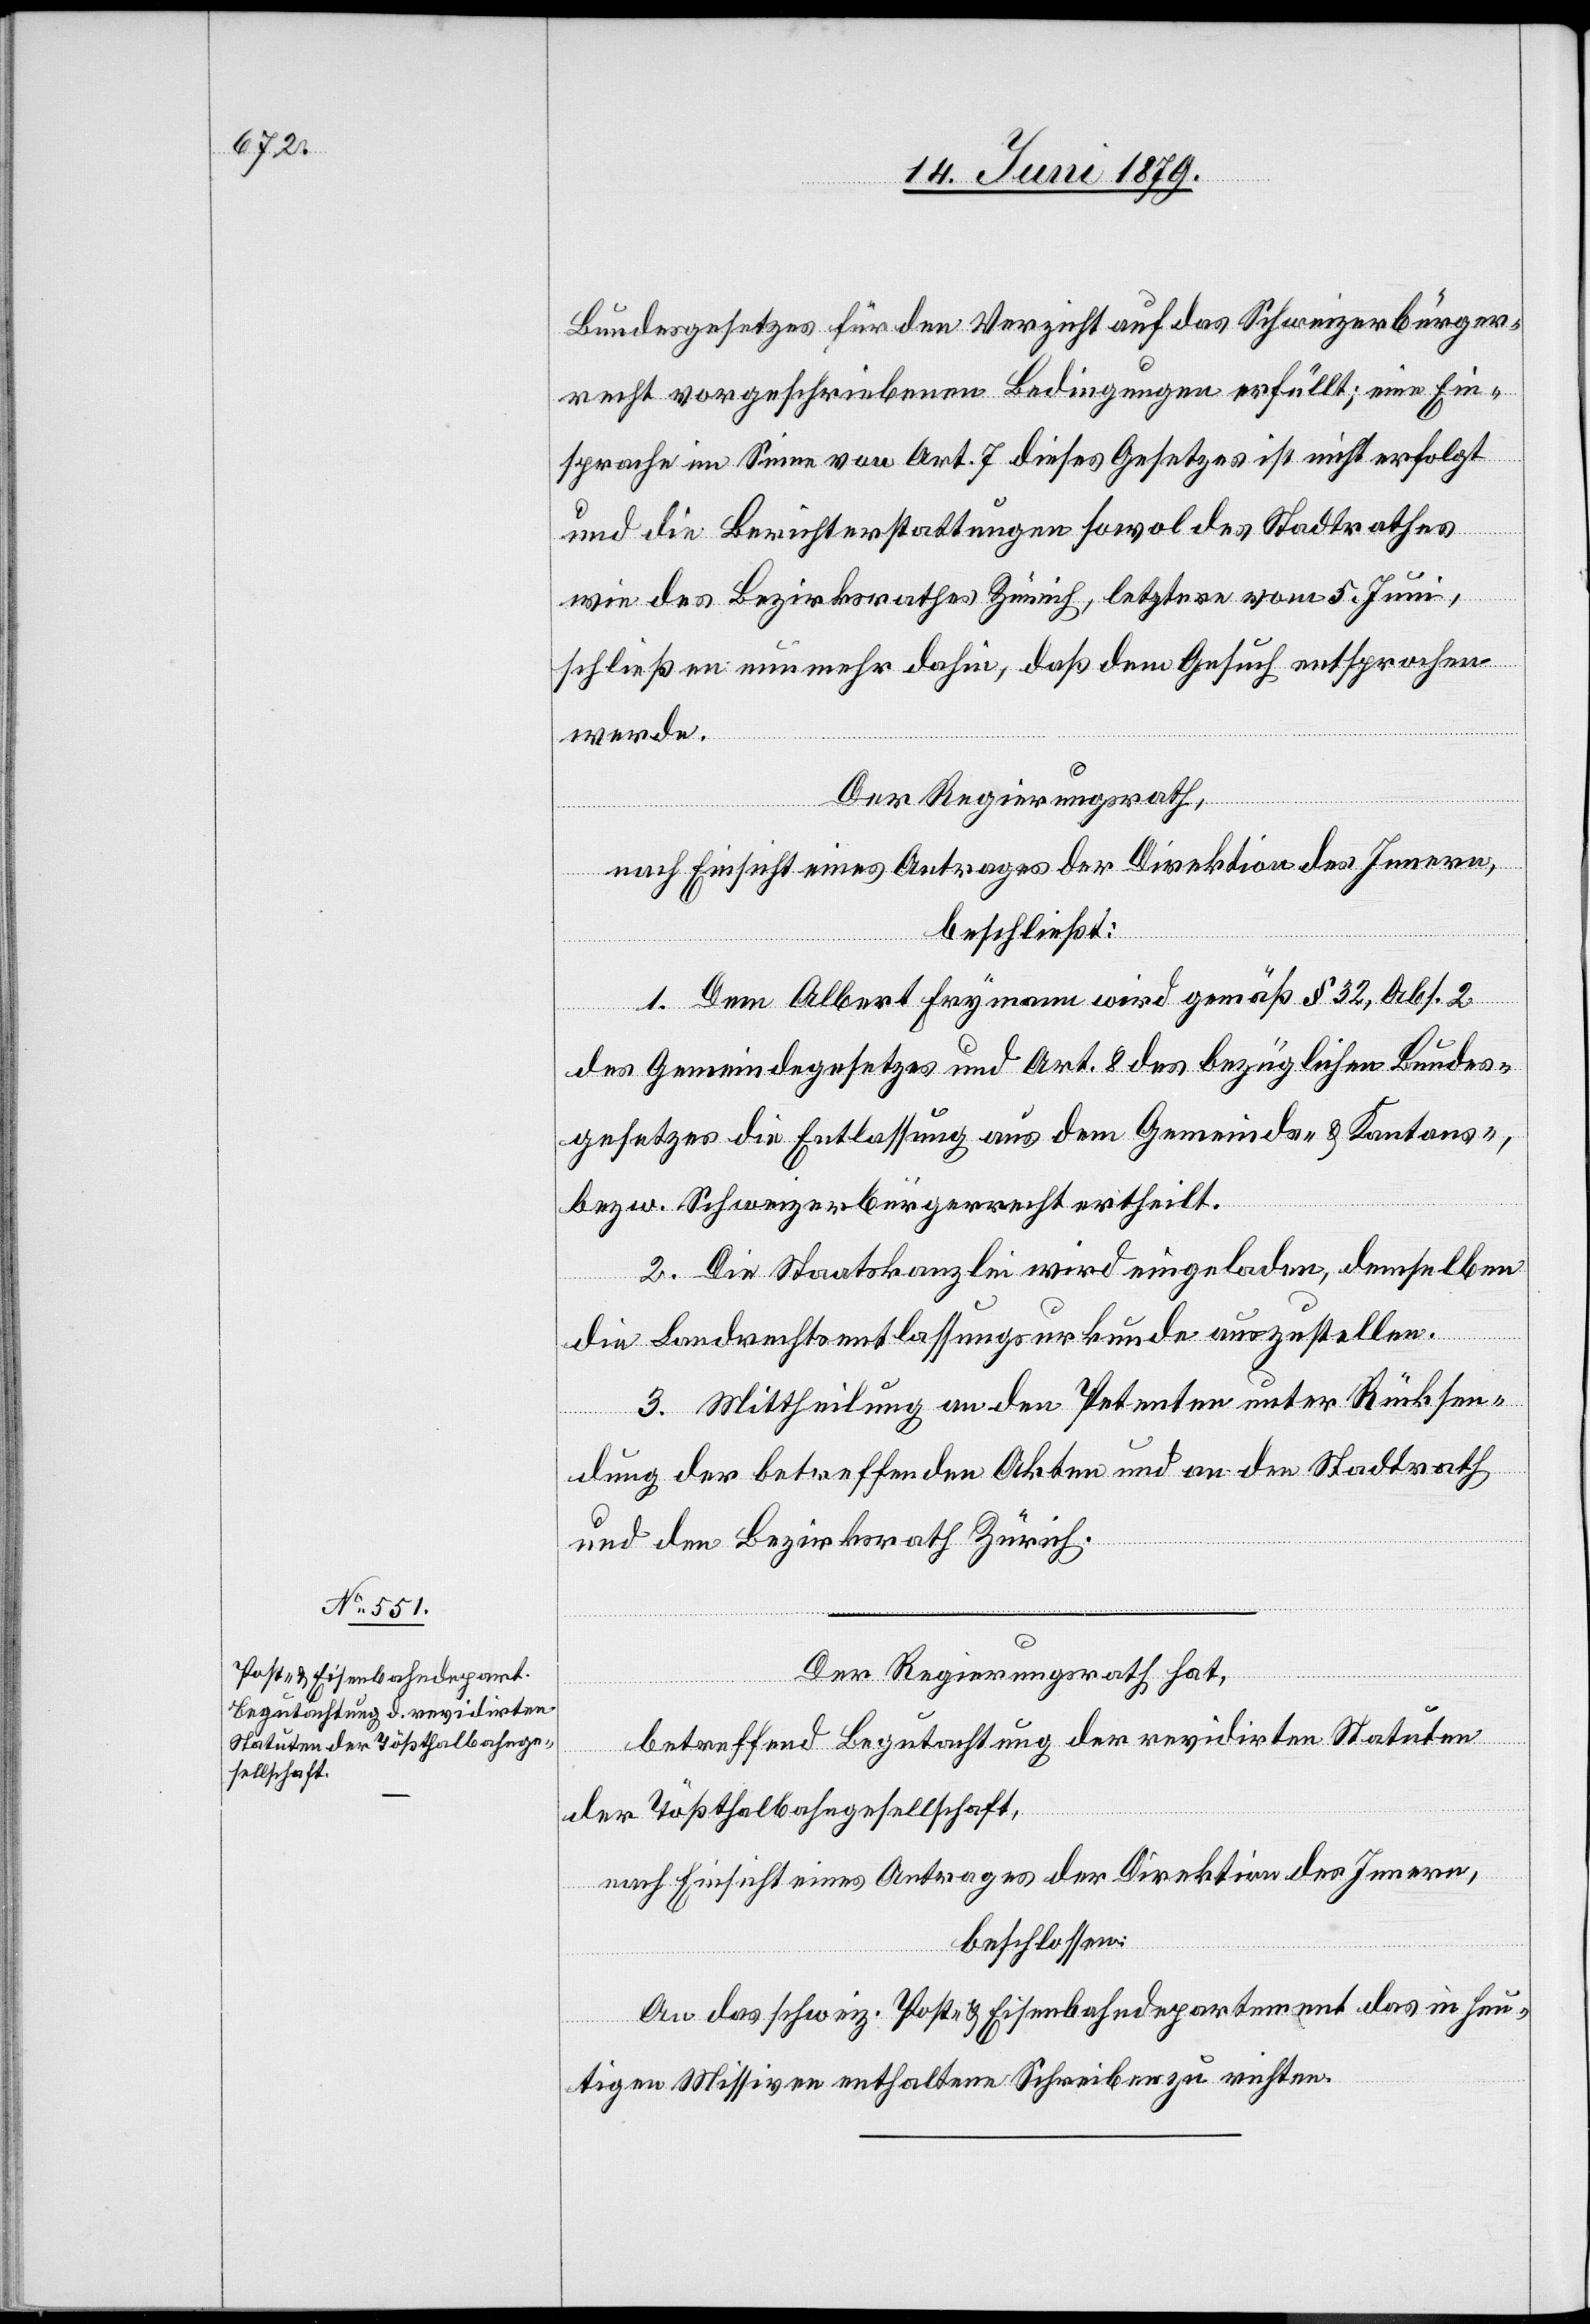
Bundesgesetzes für den Verzicht auf das Schweizerbürger¬
recht vorgeschriebenen Bedingungen erfüllt; eine Ein¬
sprache im Sinne von Art. 7 dieses Gesetzes ist nicht erfolgt
und die Berichterstattungen sowol des Stadtrathes
wie des Bezirksrathes Zürich, letztere vom 5. Juni,
schließen nunmehr dahin, daß dem Gesuch entsprochen
werde.
Der Regierungsrath,
nach Einsicht eines Antrages der Direktion des Innern,
beschließt:
1. Dem Albert Frymann wird gemäß § 32, Abs. 2
des Gemeindegesetzes und Art. 8 des bezüglichen Bundes¬
gesetzes die Entlassung aus dem Gemeinds- & Kantons-,
bezw. Schweizerbürgerrecht ertheilt.
2. Die Staatskanzlei wird eingeladen, demselben
die Landrechtsentlassungsurkunde auszustellen.
3. Mittheilung an den Petenten unter Rücksen¬
dung der betreffenden Akten und an den Stadtrath
und den Bezirksrath Zürich.
Der Regierungsrath hat,
betreffend Begutachtung der revidirten Statuten
der Tößthalbahngesellschaft,
nach Einsicht eines Antrages der Direktion des Innern,
beschlossen:
An das schweiz. Post- & Eisenbahndepartement das in heu¬
tigen Missiven enthaltene Schreiben zu richten.